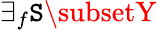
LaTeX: \exists_{f}\mathtt{S}\subsetY